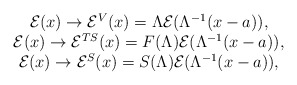
\begin{align*}\begin{array}{c}\mathcal{E}(x)\rightarrow \mathcal{E}^V(x)=\Lambda \mathcal{E}(\Lambda^{-1}(x-a)), \\\mathcal{E}(x)\rightarrow \mathcal{E}^{TS}(x)=F(\Lambda )\mathcal{E}(\Lambda^{-1}(x-a)), \\\mathcal{E}(x)\rightarrow \mathcal{E}^S(x)=S(\Lambda )\mathcal{E}(\Lambda^{-1}(x-a)),\end{array}\end{align*}